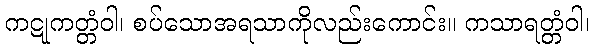
ကဋုကတ္တံဝါ၊ စပ်သောအရသာကိုလည်းကောင်း။ ကသာရတ္တံဝါ၊